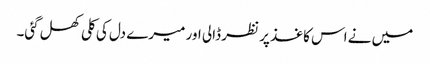
میں نے اس کاغذ پر نظر ڈالی اور میرے دل کی کلی کھل گئی۔